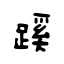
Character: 蹊